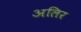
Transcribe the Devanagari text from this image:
अलिर